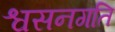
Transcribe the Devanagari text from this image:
श्वसनगति